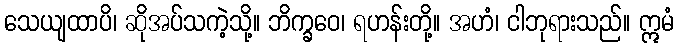
သေယျထာပိ၊ ဆိုအပ်သကဲ့သို့။ ဘိက္ခဝေ၊ ရဟန်းတို့။ အဟံ၊ ငါဘုရားသည်။ ဣမံ